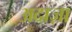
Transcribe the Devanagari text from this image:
अदाज़ा